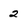
Character: 2